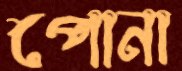
পোনা